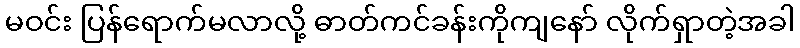
မဝင်း ပြန်ရောက်မလာလို့ ဓာတ်ကင်ခန်းကိုကျနော် လိုက်ရှာတဲ့အခါ